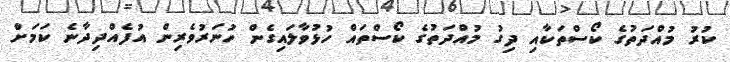
ކުރު މުއްދަތުގެ ކޯސްތަކާއި ދިގު މުއްދަތުގެ ކޯސްތައް ހުޅުވާލައިގެން ހުނަރުވެރިން އުފެއްދިދާނެ ކަމަށް